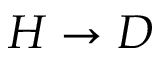
H \to D